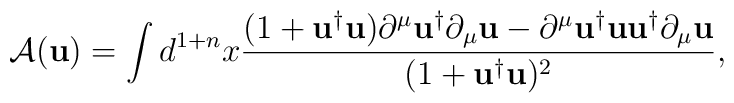
\mbox{$\cal{A}$}({\mathbf{u}})  =\int d^{1+n} x     \frac{(1+{\mathbf{u}}^{\dag}{\mathbf{u}})\partial^{\mu}{\mathbf{u}}^{\dag}\partial_{\mu}{\mathbf{u}}-          \partial^{\mu}{\mathbf{u}}^{\dag}{\mathbf{u}} {\mathbf{u}}^{\dag}\partial_{\mu}{\mathbf{u}}}{           (1+{\mathbf{u}}^{\dag}{\mathbf{u}})^2},